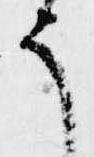
そ